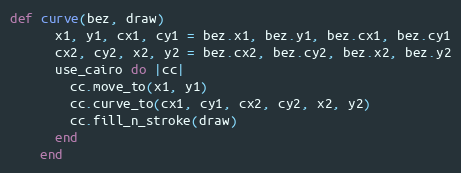
Language: Ruby
def curve(bez, draw)
      x1, y1, cx1, cy1 = bez.x1, bez.y1, bez.cx1, bez.cy1
      cx2, cy2, x2, y2 = bez.cx2, bez.cy2, bez.x2, bez.y2
      use_cairo do |cc|
        cc.move_to(x1, y1)
        cc.curve_to(cx1, cy1, cx2, cy2, x2, y2)
        cc.fill_n_stroke(draw)
      end
    end